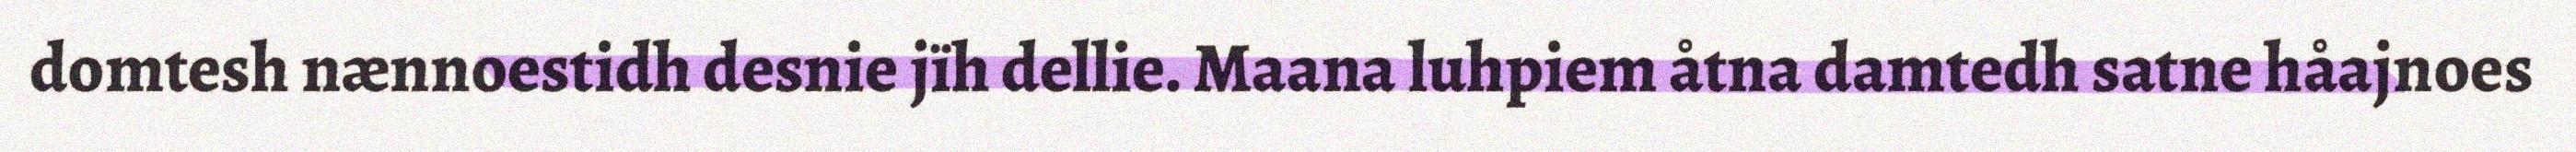
domtesh nænnoestidh desnie jïh dellie. Maana luhpiem åtna damtedh satne håajnoes